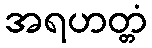
အရဟတ္တံ